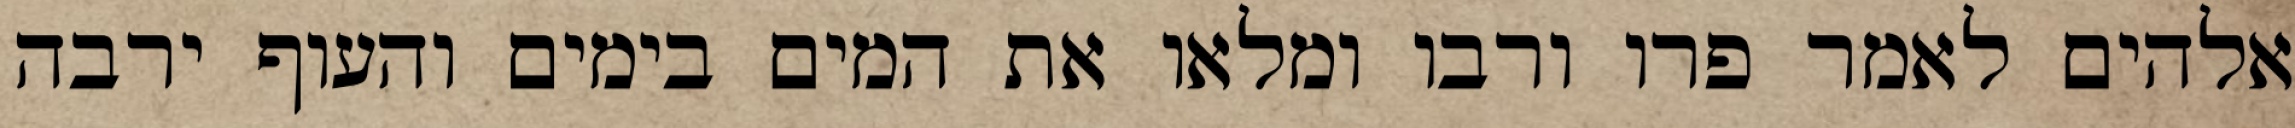
אלהים לאמר פרו ורבו ומלאו את המים בימים והעוף ירבה